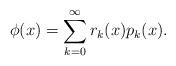
LaTeX: \begin{align*}\phi(x) = \sum_{k=0}^{\infty} r_k(x) p_k(x).\end{align*}